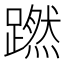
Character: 蹨